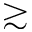
\gtrsim